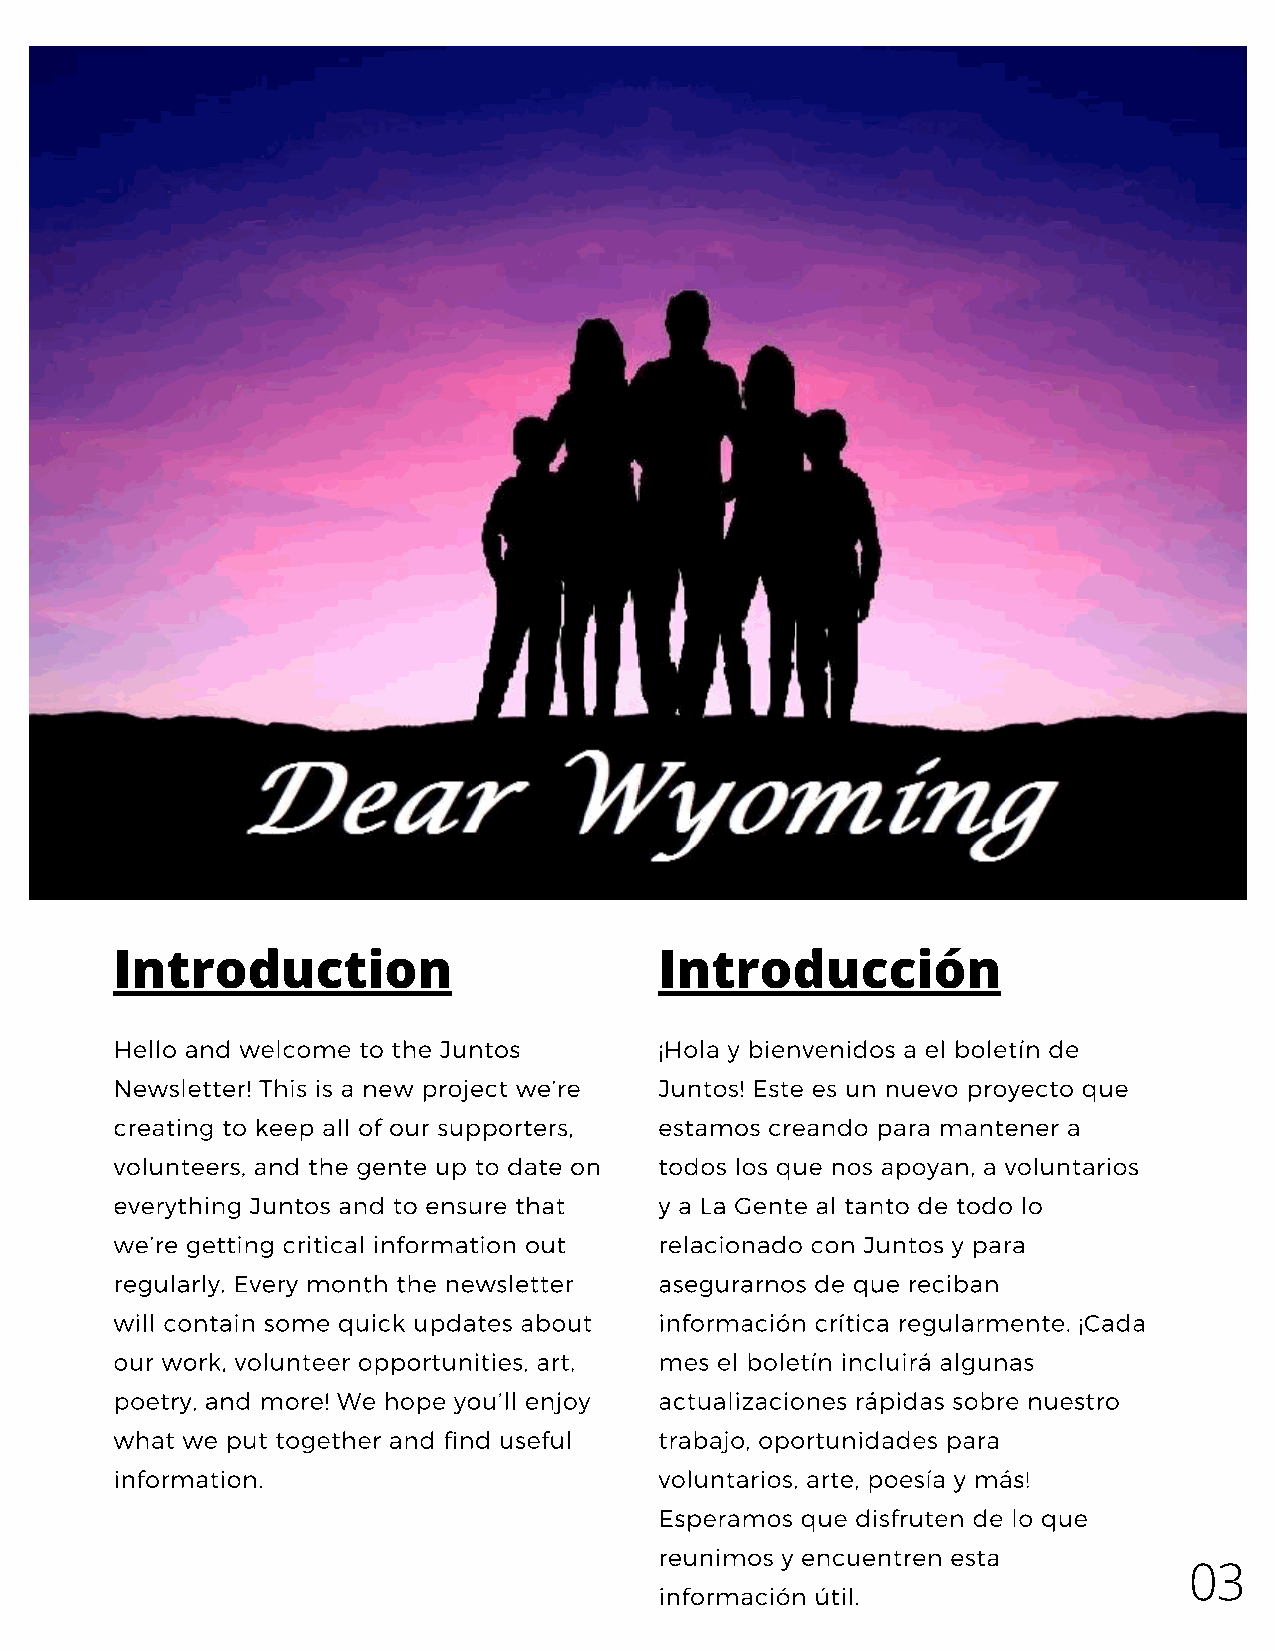
Introduction                        Introducción
 Hello and welcome to the Juntos     ¡Hola y bienvenidos a el boletín de
 Newsletter! This is a new project we’re Juntos! Este es un nuevo proyecto que
 creating to keep all of our supporters, estamos creando para mantener a
 volunteers, and the gente up to date on todos los que nos apoyan, a voluntarios
 everything Juntos and to ensure that y a La Gente al tanto de todo lo
 we’re getting critical information out relacionado con Juntos y para
 regularly. Every month the newsletter asegurarnos de que reciban
 will contain some quick updates about información crítica regularmente. ¡Cada
 our work, volunteer opportunities, art, mes el boletín incluirá algunas
 poetry, and more! We hope you’ll enjoy actualizaciones rápidas sobre nuestro
 what we put together and find useful trabajo, oportunidades para
 information.                        voluntarios, arte, poesía y más!
 Esperamos que disfruten de lo que
 reunimos y encuentren esta
 03
 información útil.